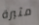
مثيرة